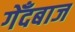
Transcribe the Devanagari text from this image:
गेँदबाज